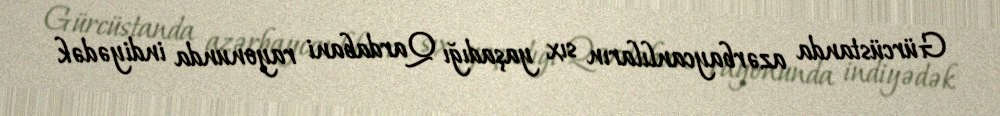
Gürcüstanda azərbaycanlıların sıx yaşadığı Qardabani rayonunda indiyədək